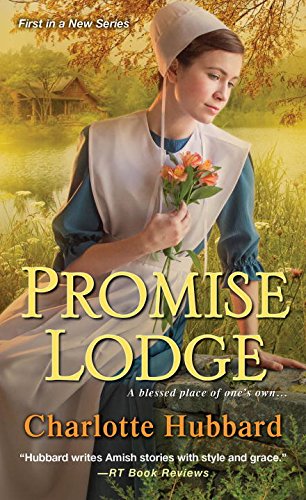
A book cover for Promise Lodge; Charlotte Hubbard; Romance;